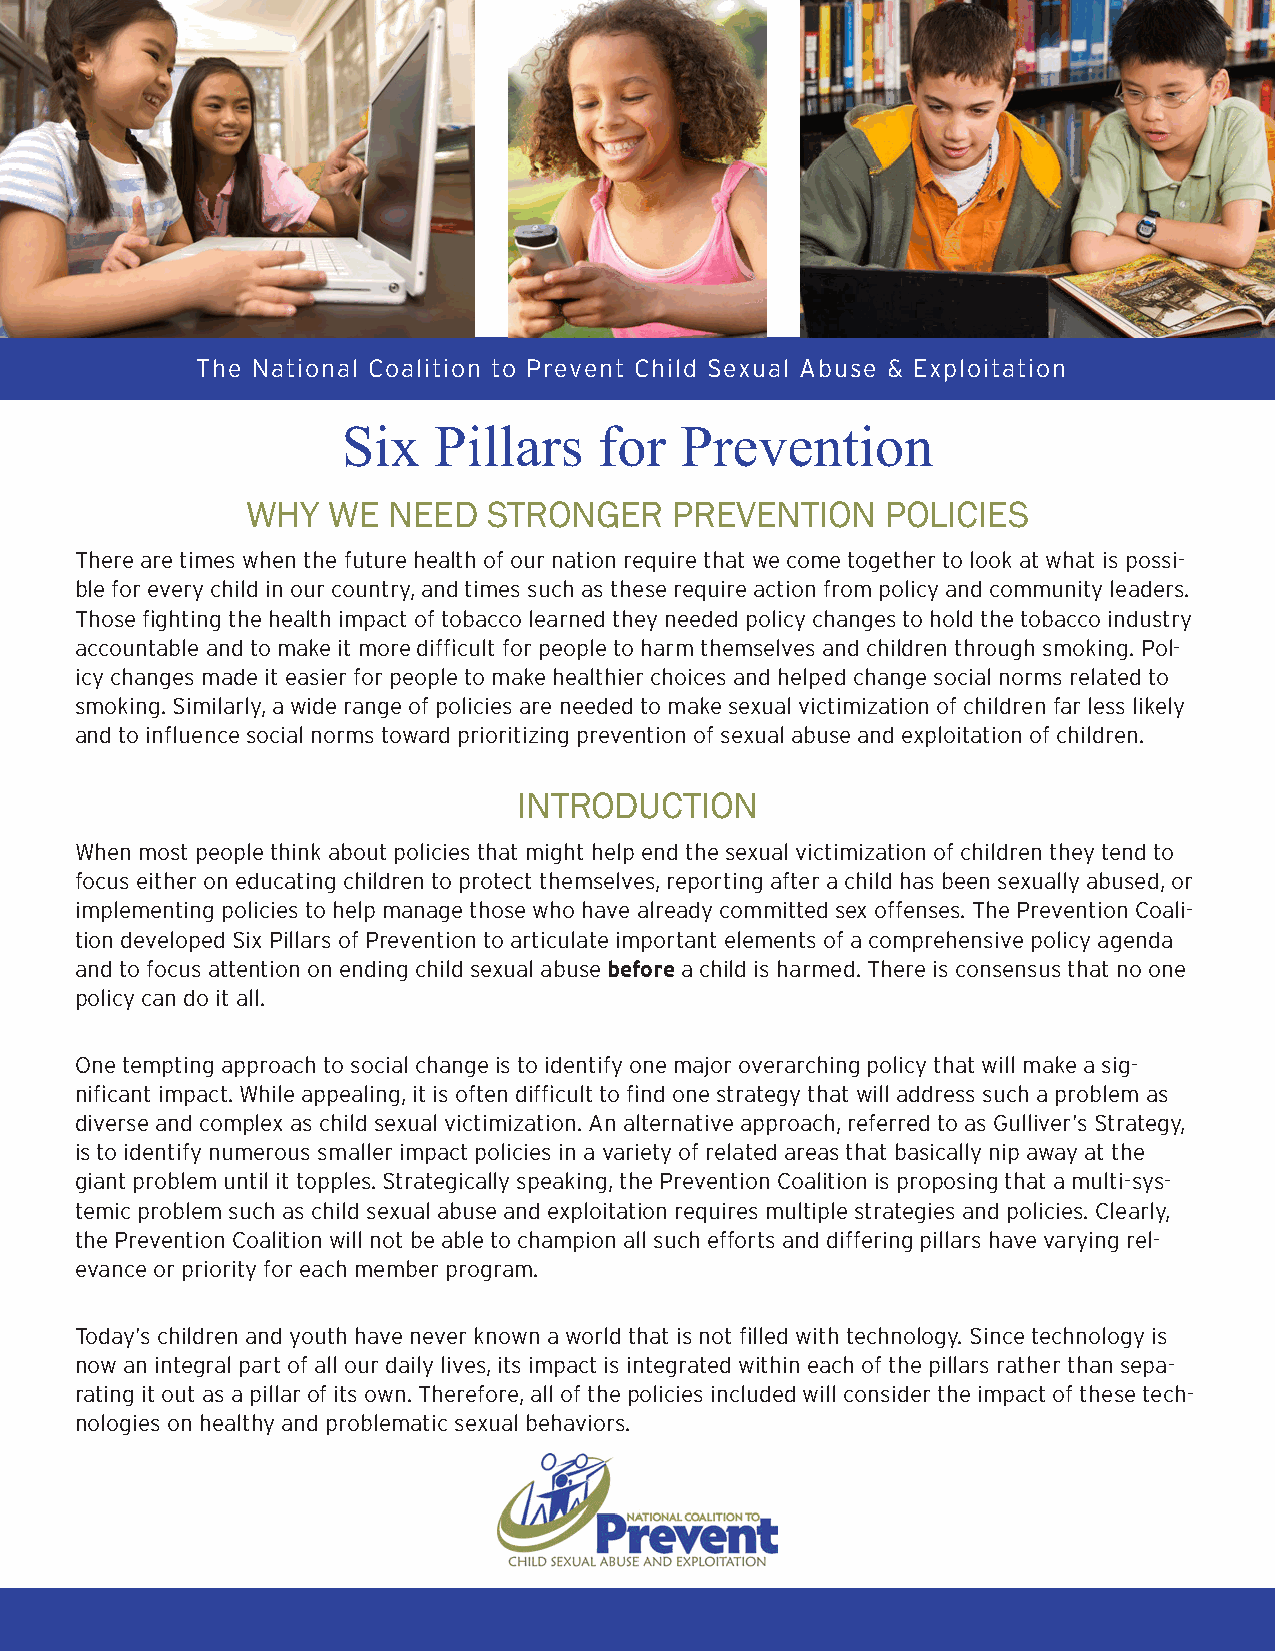
The National Coalition to Prevent Child Sexual Abuse & Exploitation
 Six   Pillars    for  Prevention
 WHY   WE  NEED  STRONGER    PREVENTION     POLICIES
 There are times when the future health of our nation require that we come together to look at what is possi-
 ble for every child in our country, and times such as these require action from policy and community leaders.
 Those fighting the health impact of tobacco learned they needed policy changes to hold the tobacco industry
 accountable and to make it more difficult for people to harm themselves and children through smoking. Pol-
 icy changes made it easier for people to make healthier choices and helped change social norms related to
 smoking. Similarly, a wide range of policies are needed to make sexual victimization of children far less likely
 and to influence social norms toward prioritizing prevention of sexual abuse and exploitation of children.
 INTRODUCTION
 When most people think about policies that might help end the sexual victimization of children they tend to
 focus either on educating children to protect themselves, reporting after a child has been sexually abused, or
 implementing policies to help manage those who have already committed sex offenses. The Prevention Coali-
 tion developed Six Pillars of Prevention to articulate important elements of a comprehensive policy agenda
 and to focus attention on ending child sexual abuse before a child is harmed. There is consensus that no one
 policy can do it all.
 One tempting approach to social change is to identify one major overarching policy that will make a sig-
 nificant impact. While appealing, it is often difficult to find one strategy that will address such a problem as
 diverse and complex as child sexual victimization. An alternative approach, referred to as Gulliver’s Strategy,
 is to identify numerous smaller impact policies in a variety of related areas that basically nip away at the
 giant problem until it topples. Strategically speaking, the Prevention Coalition is proposing that a multi-sys-
 temic problem such as child sexual abuse and exploitation requires multiple strategies and policies. Clearly,
 the Prevention Coalition will not be able to champion all such efforts and differing pillars have varying rel-
 evance or priority for each member program.
 Today’s children and youth have never known a world that is not filled with technology. Since technology is
 now an integral part of all our daily lives, its impact is integrated within each of the pillars rather than sepa-
 rating it out as a pillar of its own. Therefore, all of the policies included will consider the impact of these tech-
 nologies on healthy and problematic sexual behaviors.